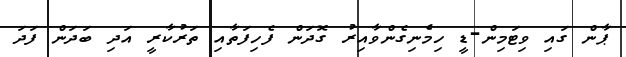
ޕާން ގައި ވިޓަމިން-ޑީ ހިމެނިގެންވާއިރު ގޮދަން ފެހިފަތާއި ތަރުކާރީ އަދި ބަދަން ފަދަ